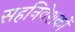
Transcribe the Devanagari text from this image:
सहनिवेशकों